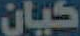
كيان